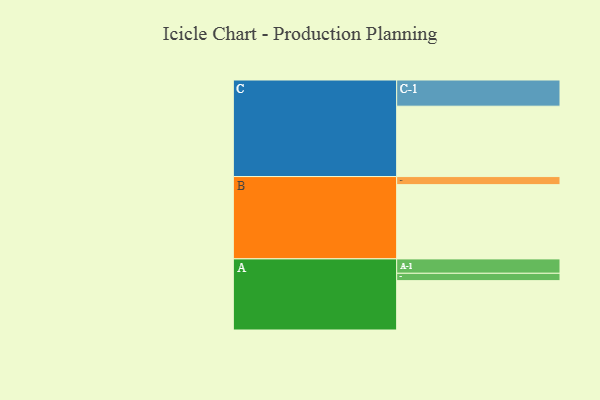
{"axis": {"x": "Segment", "y": "Value"}, "legend": ["", "A", "B", "C"], "data": [{"x": "A", "y": 343, "type": ""}, {"x": "B", "y": 516, "type": ""}, {"x": "C", "y": 489, "type": ""}, {"x": "A-1", "y": 100, "type": "A"}, {"x": "A-2", "y": 51, "type": "A"}, {"x": "B-1", "y": 56, "type": "B"}, {"x": "C-1", "y": 182, "type": "C"}]}